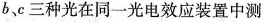
b 、c三种光在同一光电效应装置中测